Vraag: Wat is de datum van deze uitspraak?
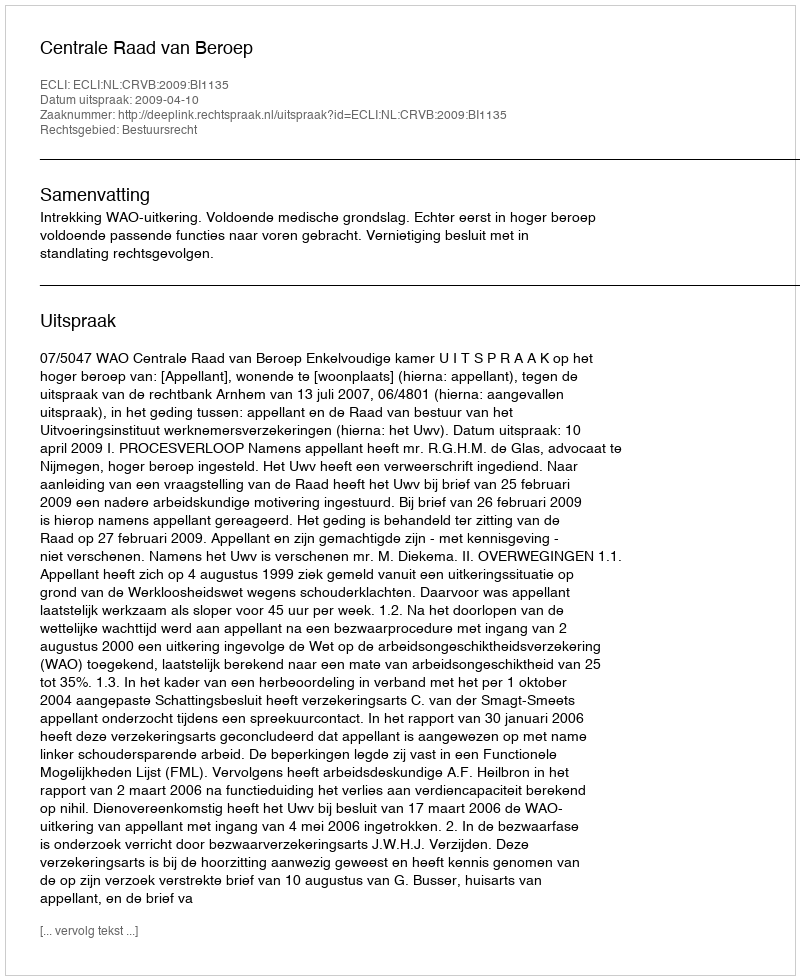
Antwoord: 2009-04-10